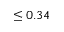
\leq 0 . 3 4